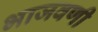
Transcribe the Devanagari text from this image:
भाजवणी